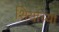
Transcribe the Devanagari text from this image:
शियांच्या